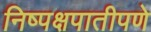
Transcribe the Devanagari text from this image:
निष्पक्षपातीपणे